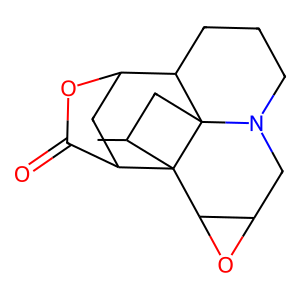
SMILES: CC1CC23C4CCCN2CC2OC2C13C1CC4OC1=O
Inhibits HIV replication: No